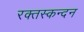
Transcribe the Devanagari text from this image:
रक्तस्कन्दन